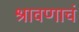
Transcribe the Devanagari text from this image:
श्रावणाचं